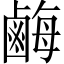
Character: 𪉥